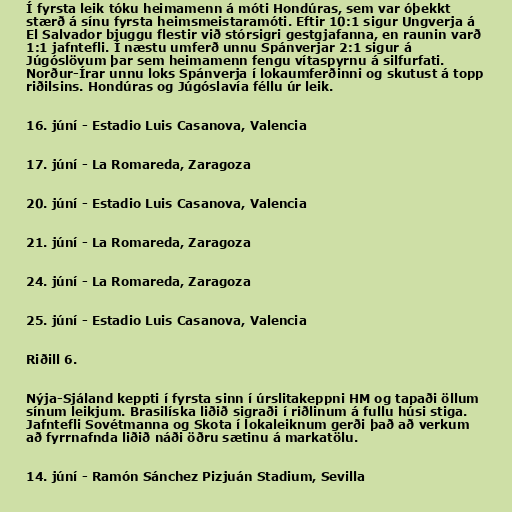
Í fyrsta leik tóku heimamenn á móti Hondúras, sem var óþekkt
stærð á sínu fyrsta heimsmeistaramóti. Eftir 10:1 sigur Ungverja á
El Salvador bjuggu flestir við stórsigri gestgjafanna, en raunin varð
1:1 jafntefli. Í næstu umferð unnu Spánverjar 2:1 sigur á
Júgóslövum þar sem heimamenn fengu vítaspyrnu á silfurfati.
Norður-Írar unnu loks Spánverja í lokaumferðinni og skutust á topp
riðilsins. Hondúras og Júgóslavía féllu úr leik.

16. júní - Estadio Luis Casanova, Valencia

17. júní - La Romareda, Zaragoza

20. júní - Estadio Luis Casanova, Valencia

21. júní - La Romareda, Zaragoza

24. júní - La Romareda, Zaragoza

25. júní - Estadio Luis Casanova, Valencia

Riðill 6.

Nýja-Sjáland keppti í fyrsta sinn í úrslitakeppni HM og tapaði öllum
sínum leikjum. Brasilíska liðið sigraði í riðlinum á fullu húsi stiga.
Jafntefli Sovétmanna og Skota í lokaleiknum gerði það að verkum
að fyrrnafnda liðið náði öðru sætinu á markatölu.

14. júní - Ramón Sánchez Pizjuán Stadium, Sevilla